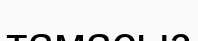
тамасыз